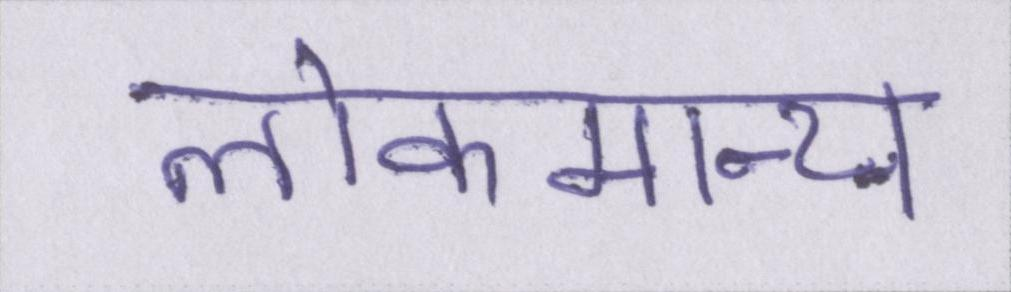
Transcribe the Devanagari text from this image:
लोकमान्य